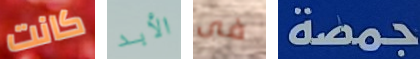
كانت الأبد فى جمصة